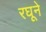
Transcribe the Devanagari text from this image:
रघूने